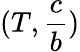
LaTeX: (T,\frac{c}{b})